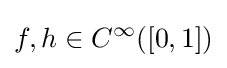
f,h\in C^{\infty }([0,1])